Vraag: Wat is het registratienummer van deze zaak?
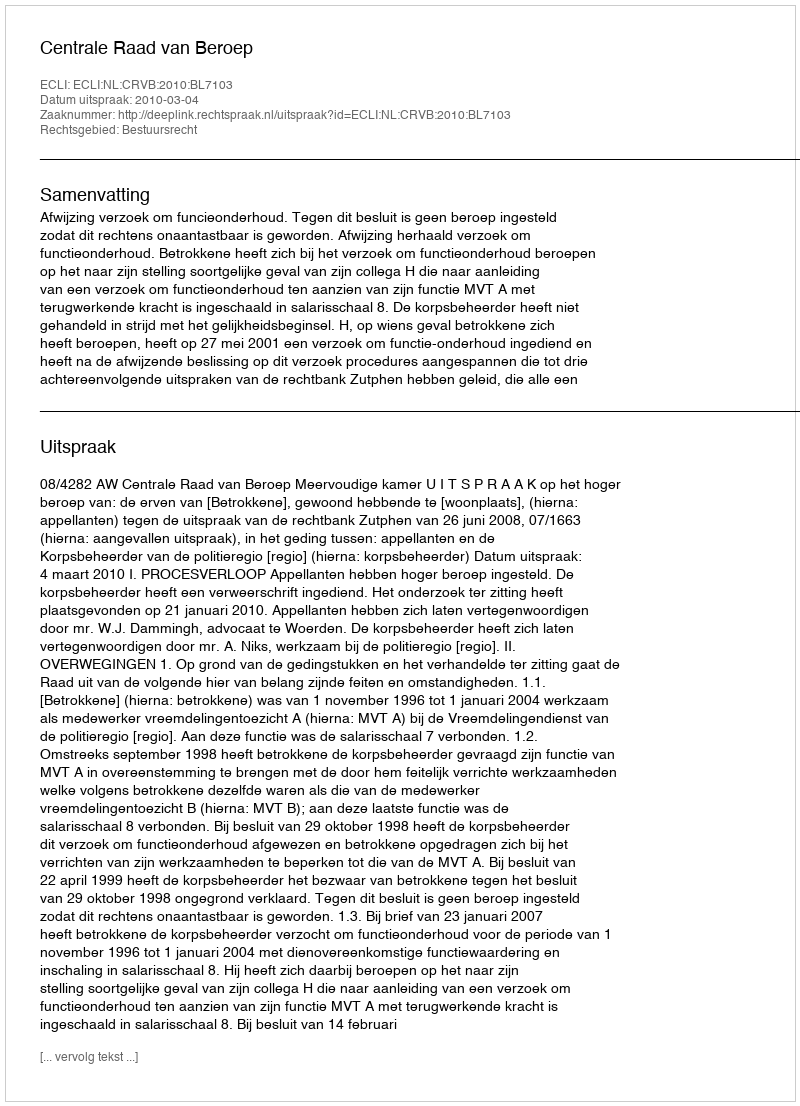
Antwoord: http://deeplink.rechtspraak.nl/uitspraak?id=ECLI:NL:CRVB:2010:BL7103